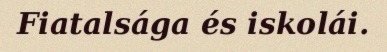
Fiatalsága és iskolái.